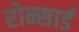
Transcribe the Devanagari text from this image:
रोन्सार्ड